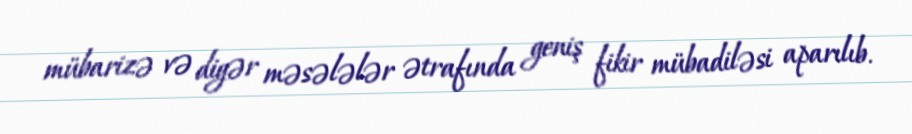
mübarizə və digər məsələlər ətrafında geniş fikir mübadiləsi aparılıb.